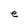
Character: C